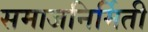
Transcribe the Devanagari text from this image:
समाजनिर्मिती